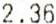
2.36